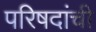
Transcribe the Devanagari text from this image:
परिषदांची